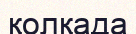
қолқада